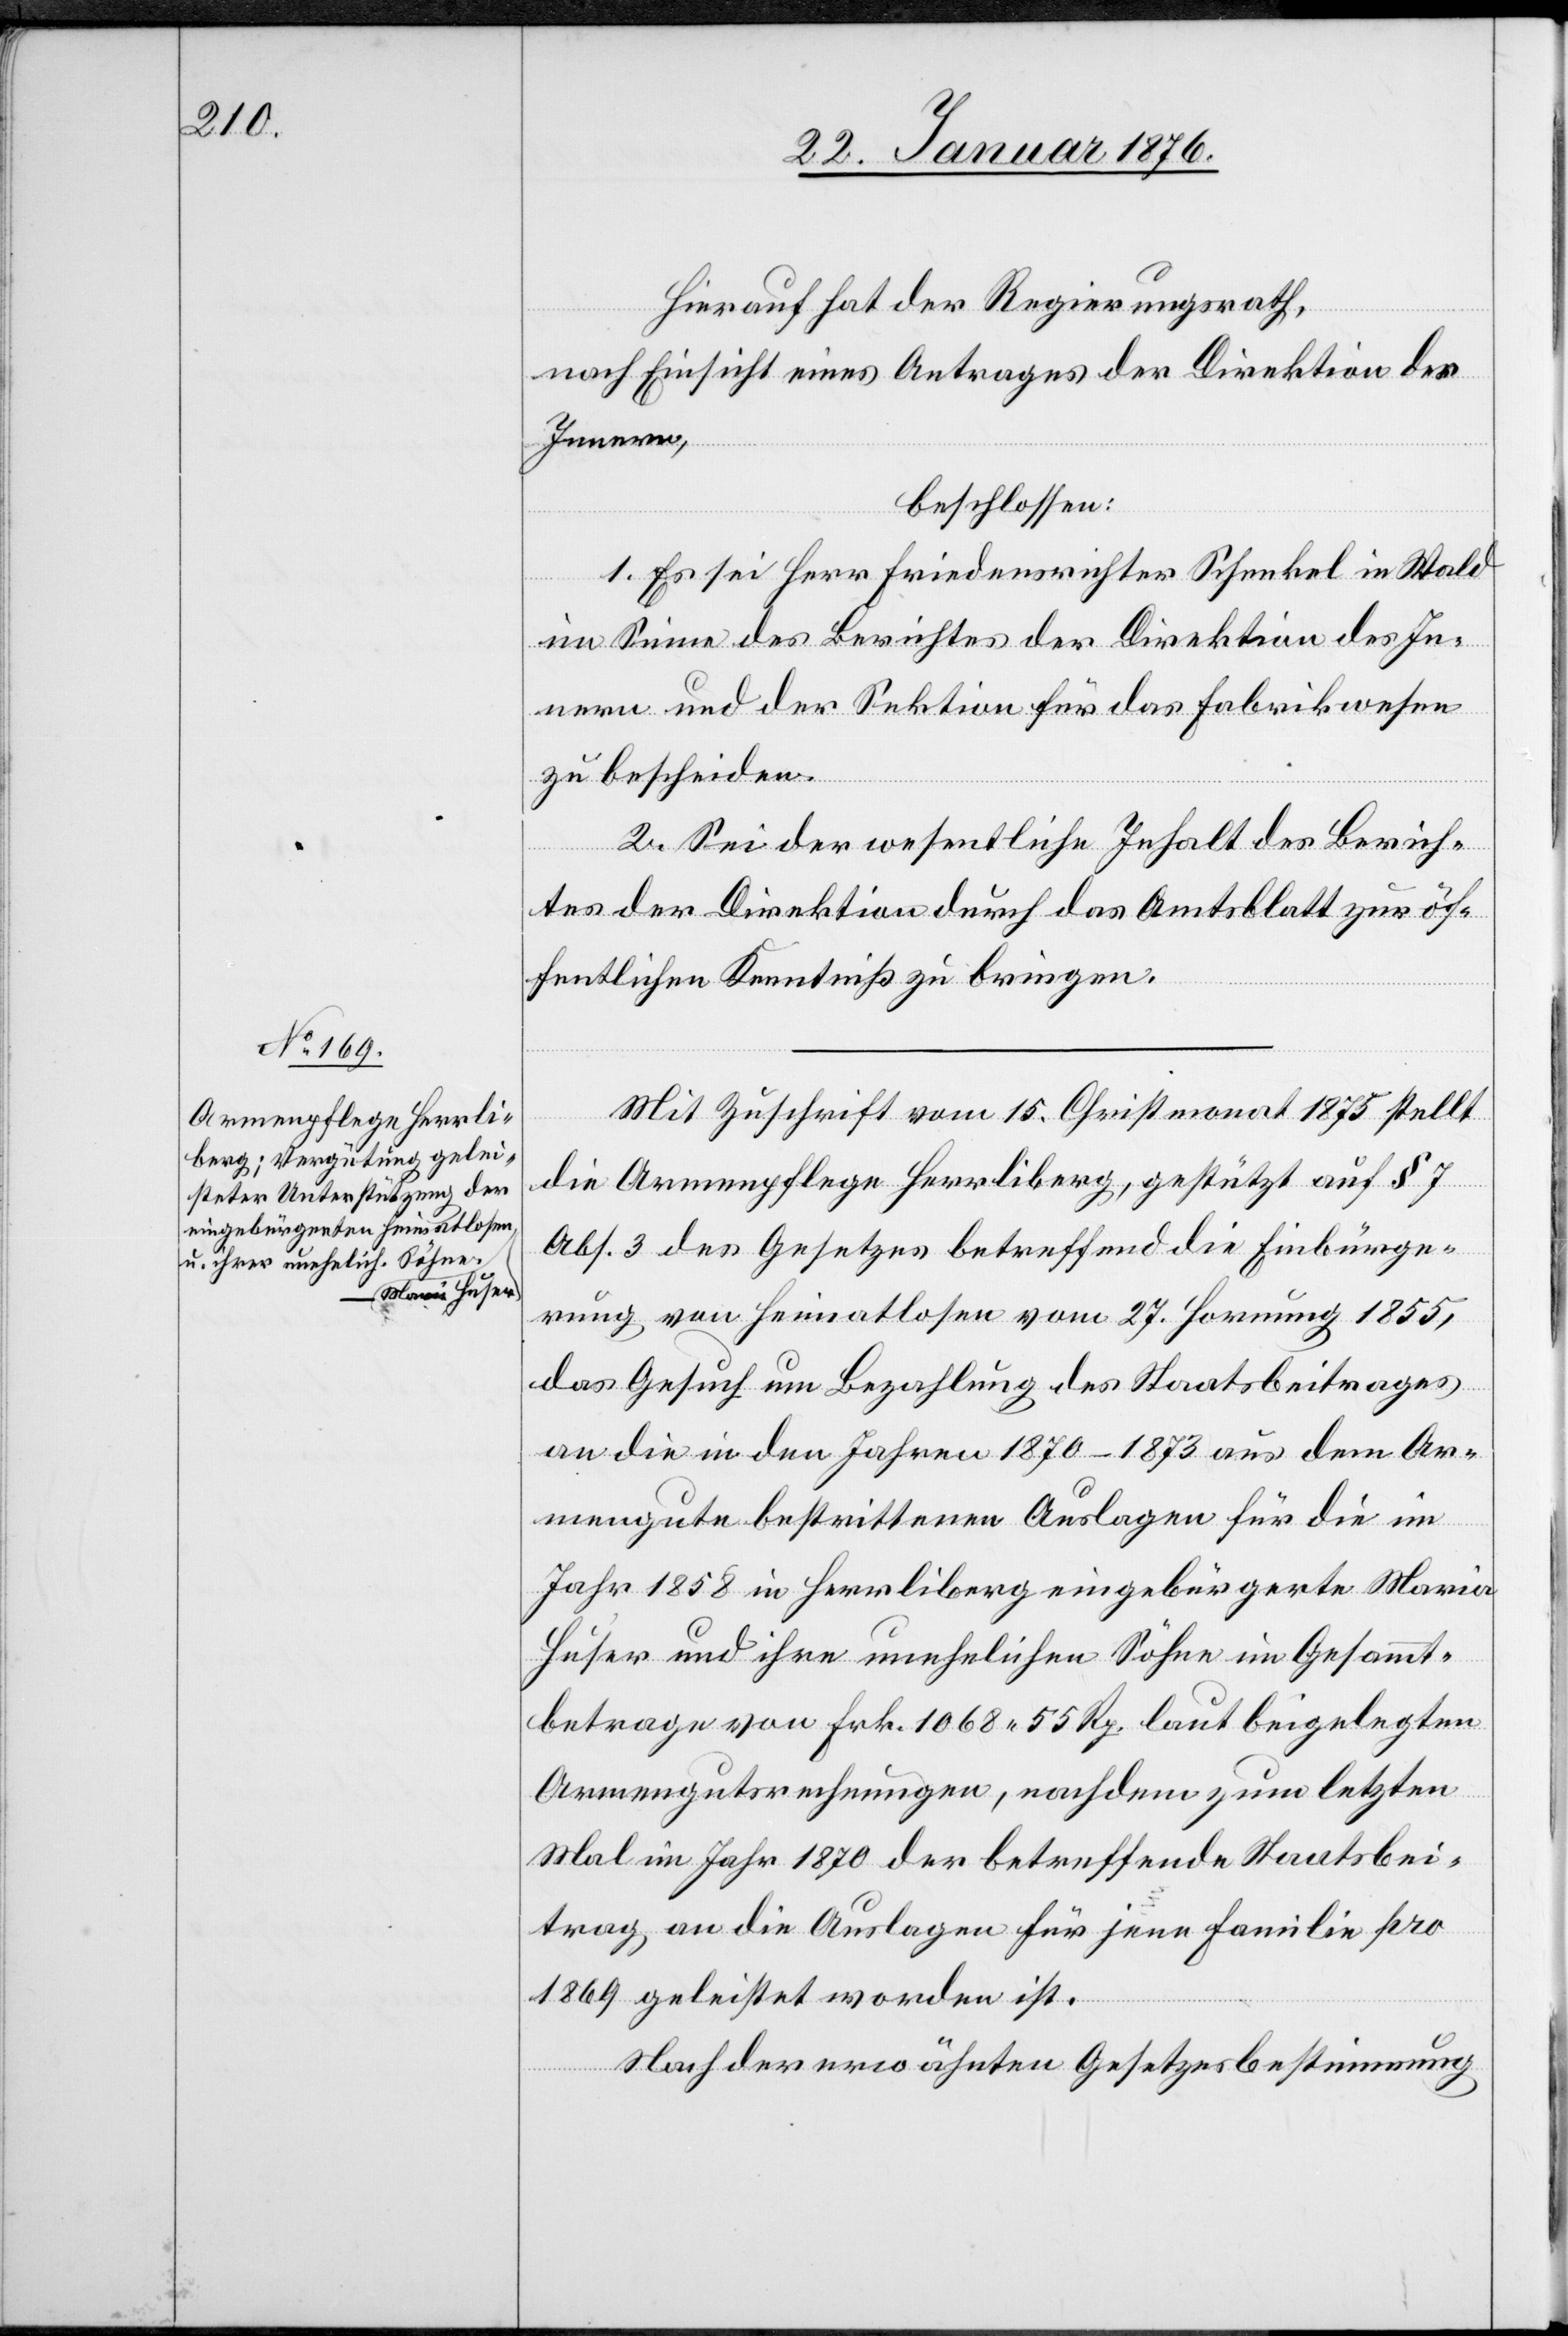
Hierauf hat der Regierungsrath,
nach Einsicht eines Antrages der Direktion des
Innern,
beschlossen:
1. Es sei Herr Friedensrichter Schenkel in Wald
im Sinne des Berichtes der Direktion des In¬
nern und der Sektion für das Fabrikwesen
zu bescheiden.
2. Sei der wesentliche Inhalt des Berich¬
tes der Direktion durch das Amtsblatt zur öf¬
fentlichen Kenntniß zu bringen.
Mit Zuschrift vom 15. Christmonat 1875 stellt
die Armenpflege Herrliberg, gestützt auf § 7
Abs. 3 des Gesetzes betreffend die Einbürge¬
rung von Heimatlosen vom 27. Hornung 1855,
das Gesuch um Bezahlung des Staatsbeitrages
an die in den Jahren 1870–1873 aus dem Ar¬
mengute bestrittenen Auslagen für die im
Jahr 1858 in Herrliberg eingebürgerte Maria
Huser und ihre unehelichen Söhne im Gesammt¬
betrage von Frk. 1068.55 Rp. laut beigelegten
Armengutsrechnungen, nachdem zum letzten
Mal im Jahr 1870 der betreffende Staatsbei¬
trag an die Auslagen für jene Familie pro
1869 geleistet worden ist.
Nach der erwähnten Gesetzesbestimmung